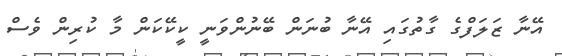
އޭނާ ޒަލަފްގެ ގާތުގައި އޭނާ ބުނަން ބޭނުންވަނީ ކީކޭކަން މާ ކުރިން ވެސް